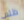
ظلم